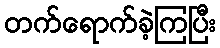
တက်ရောက်ခဲ့ကြပြီး